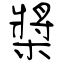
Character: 槳